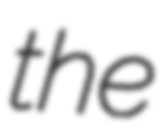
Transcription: the